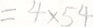
= 4 \times 5 4